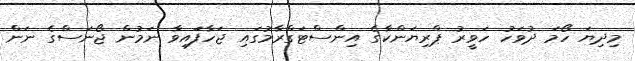
މިދިޔަ ހޯމަ ދުވަހު ހަވީރު ޕްރިޔަންކާގެ އިންސްޓަގްރާމުގައި ޖަހާފަައިވާ ނަމުން ޖޯނަސްގެ ނަން